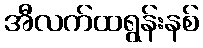
အီလက်ထရွန်းနစ်